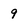
Character: 9